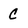
Character: c